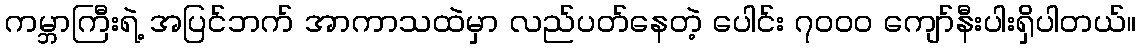
ကမ္ဘာကြီးရဲ့ အပြင်ဘက် အာကာသထဲမှာ လည်ပတ်နေတဲ့ ပေါင်း ၇၀၀၀ ကျော်နီးပါးရှိပါတယ်။